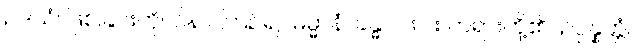
ဥဒယံ၊ ဖြစ်ခြင်းကို။ ဝိနာ၊ ကြဉ်၍။ ဓမ္မာနံ၊ ခန္ဓာငါးပါး တရားတို့၏။ ဥပ္ပန္နတ္တံ၊